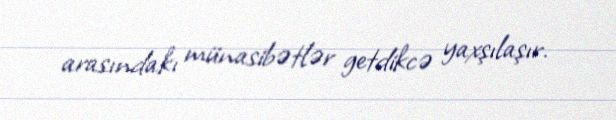
arasındakı münasibətlər getdikcə yaxşılaşır.